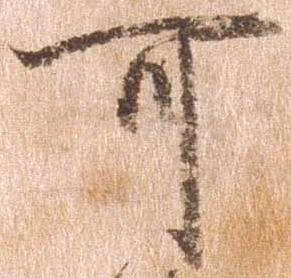
可